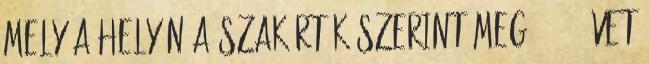
mely a helyén a szakértők szerint meg 50-70 évet